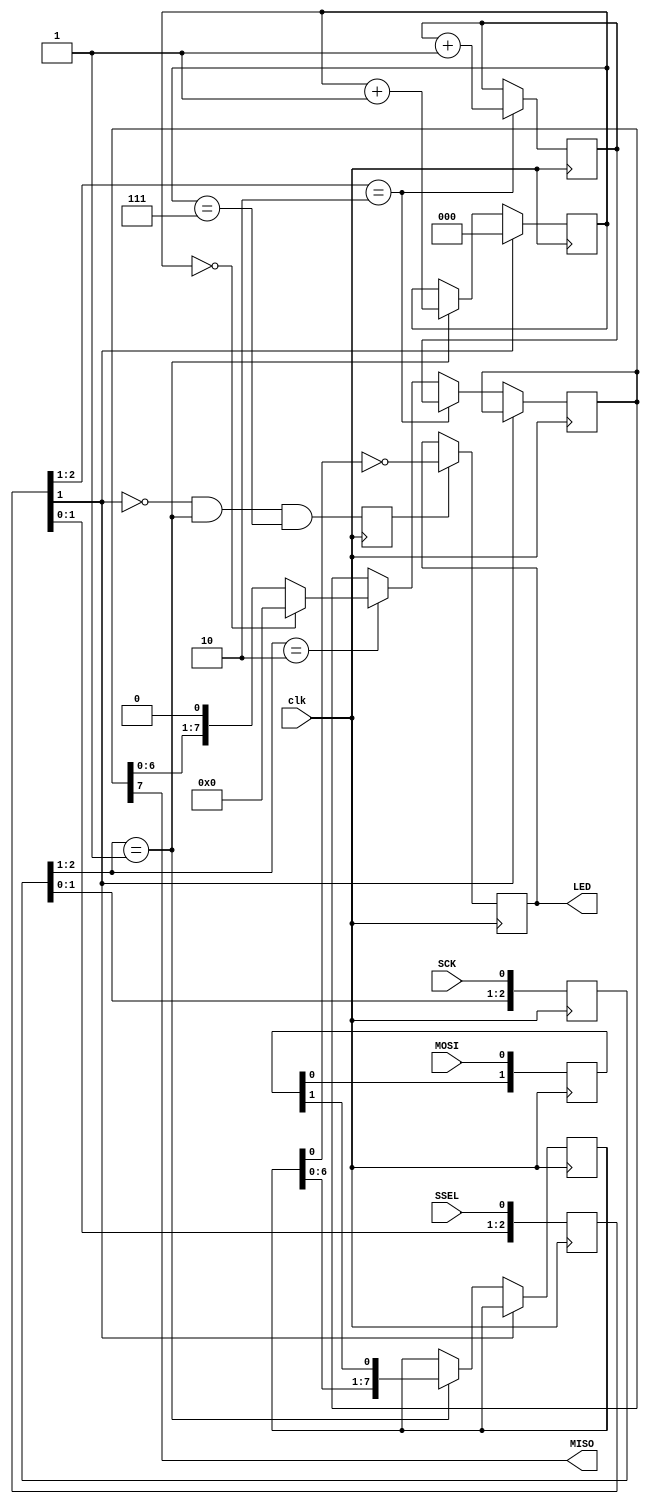
// Simple SPI receive function from FPGA4FUN - https://www.fpga4fun.com/SPI2.html
module SPI_slave(clk, SCK, MOSI, MISO, SSEL, LED);
input clk; // FPGA internal clk

// 4 wire SPI signals
input SCK, SSEL, MOSI;  
output MISO;

// Controlled output for demo
output LED;



// sync SCK to the FPGA clock using a 3-bits shift register
reg [2:0] SCKr;  always @(posedge clk) SCKr <= {SCKr[1:0], SCK};
wire SCK_risingedge = (SCKr[2:1]==2'b01);  // now we can detect SCK rising edges
wire SCK_fallingedge = (SCKr[2:1]==2'b10);  // and falling edges

// same thing for SSEL
reg [2:0] SSELr;  always @(posedge clk) SSELr <= {SSELr[1:0], SSEL};
wire SSEL_active = ~SSELr[1];  // SSEL is active low
wire SSEL_startmessage = (SSELr[2:1]==2'b10);  // message starts at falling edge
wire SSEL_endmessage = (SSELr[2:1]==2'b01);  // message stops at rising edge

// and for MOSI
reg [1:0] MOSIr;  always @(posedge clk) MOSIr <= {MOSIr[0], MOSI};
wire MOSI_data = MOSIr[1];


// Receive data

// we handle SPI in 8-bits format, so we need a 3 bits counter to count the bits as they come in
reg [2:0] bitcnt;

reg byte_received;  // high when a byte has been received
reg [7:0] byte_data_received;

always @(posedge clk)
begin
  if(~SSEL_active)
    bitcnt <= 3'b000;
  else
  if(SCK_risingedge)
  begin
    bitcnt <= bitcnt + 3'b001;

    // implement a shift-left register (since we receive the data MSB first)
    byte_data_received <= {byte_data_received[6:0], MOSI_data};
  end
end

always @(posedge clk) byte_received <= SSEL_active && SCK_risingedge && (bitcnt==3'b111);

// we use the LSB of the data received to control an LED
// Invert the bit as LED's driven inversely
reg LED;
always @(posedge clk) if(byte_received) LED <= ~byte_data_received[0];



// Transmit data
reg [7:0] byte_data_sent;

reg [7:0] cnt;
always @(posedge clk) if(SSEL_startmessage) cnt<=cnt+8'h1;  // count the messages

always @(posedge clk)
if(SSEL_active)
begin
  if(SSEL_startmessage)
    byte_data_sent <= cnt;  // first byte sent in a message is the message count
  else
  if(SCK_fallingedge)
  begin
    if(bitcnt==3'b000)
      byte_data_sent <= 8'h00;  // after that, we send 0s
    else
      byte_data_sent <= {byte_data_sent[6:0], 1'b0};
  end
end

assign MISO = byte_data_sent[7];  // send MSB first
// we assume that there is only one slave on the SPI bus
// so we don't bother with a tri-state buffer for MISO
// otherwise we would need to tri-state MISO when SSEL is inactive

endmodule